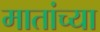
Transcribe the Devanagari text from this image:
मातांच्या